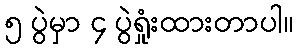
၅ ပွဲမှာ ၄ ပွဲရှုံးထားတာပါ။